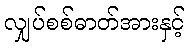
လျှပ်စစ်ဓာတ်အားနှင့်